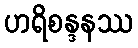
ဟရိစန္ဒနဿ